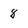
Character: 8